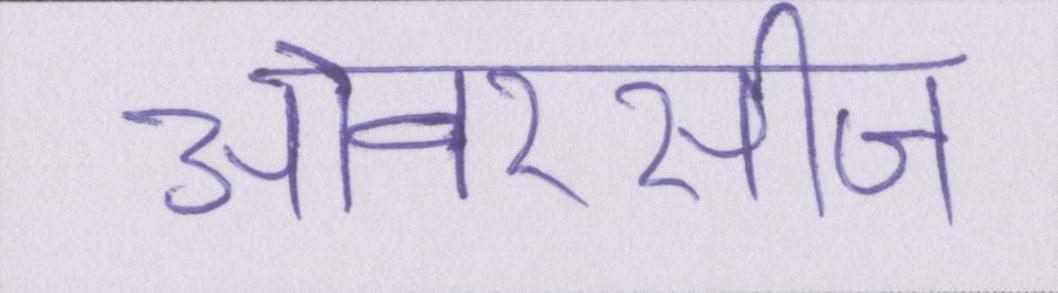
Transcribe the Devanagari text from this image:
ओवरसीज